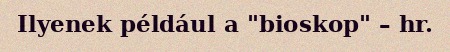
Ilyenek például a "bioskop" – hr.